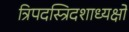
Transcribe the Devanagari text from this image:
त्रिपदस्त्रिदशाध्यक्षो